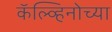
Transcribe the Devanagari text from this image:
कॅल्व्हिनोच्या